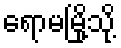
ရောမမြို့သို့